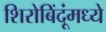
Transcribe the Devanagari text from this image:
शिरोबिंदूंमध्ये